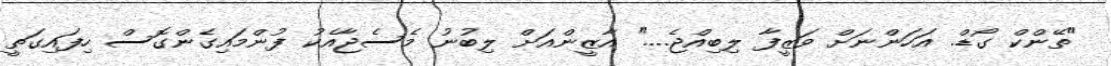
"ތޭންކް ގޯޑް. އަހަންނަށް ވަޒީފާ ލިބިއްޖެ...." އާޒީންއަށް ލިބުނު މެސެޖާއެކު ފުންމައިގެންގޮސް ހިފައިގަތީ